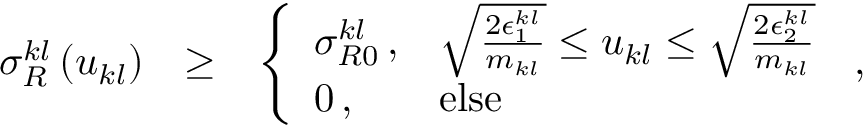
\begin{array} { r l r } { \sigma _ { R } ^ { k l } \left( u _ { k l } \right) } & { \ge } & { \left\{ \begin{array} { l l } { \sigma _ { R 0 } ^ { k l } \, , } & { \sqrt { \frac { 2 \epsilon _ { 1 } ^ { k l } } { m _ { k l } } } \le u _ { k l } \le \sqrt { \frac { 2 \epsilon _ { 2 } ^ { k l } } { m _ { k l } } } } \\ { 0 \, , } & { \mathrm { e l s e } } \end{array} \right. \, , } \end{array}